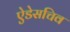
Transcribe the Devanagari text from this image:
ऐडेसचिव